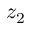
z _ { 2 }